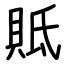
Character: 貾